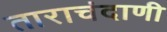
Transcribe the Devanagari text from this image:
ताराचंदाणी